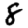
Digit: 8